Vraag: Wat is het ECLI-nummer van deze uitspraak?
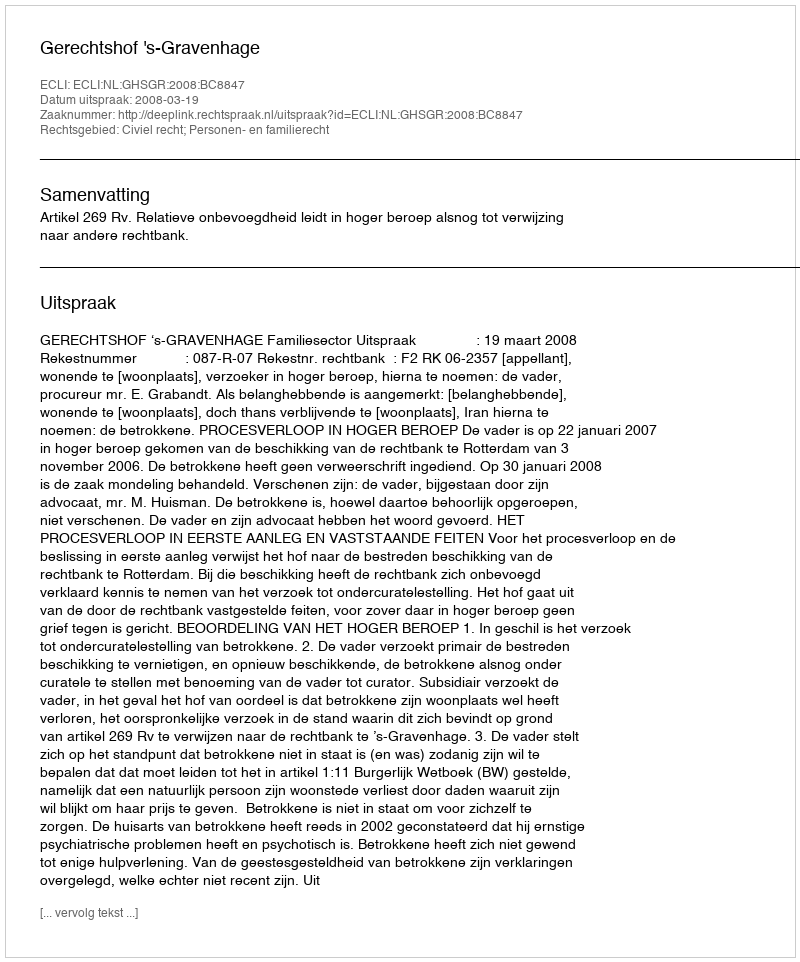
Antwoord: ECLI:NL:GHSGR:2008:BC8847